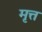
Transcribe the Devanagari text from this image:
मृत्त